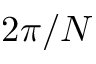
2 \pi / N